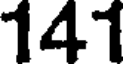
141